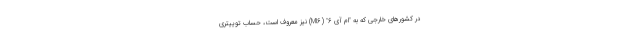
در کشورهای خارجی که به "ام آی 6" (MI6) نیز معروف است، حساب توییتری